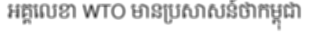
អគ្គលេខា WTO មានប្រសាសន៍ថាកម្ពុជា